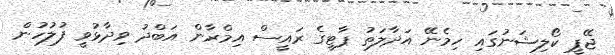
ޖޭޕީ ކޯލިޝަނުގައި ހިމެނޭ އަދާލަތު ޕާޓީގެ ރައީސް އިމްރާން އަބްދު ވިދާޅުވީ ފުލުހުން